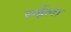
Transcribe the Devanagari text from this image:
रुईला